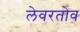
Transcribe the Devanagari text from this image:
लेवरतोव